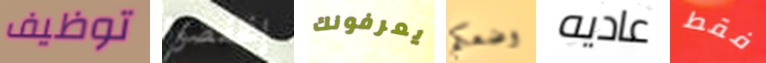
توظيف إنخفضوا يعرفونك وضعكم عاديه فقط